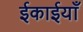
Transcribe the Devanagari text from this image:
ईकाईयाँ